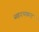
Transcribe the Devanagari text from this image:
सहृदयाह्लाद